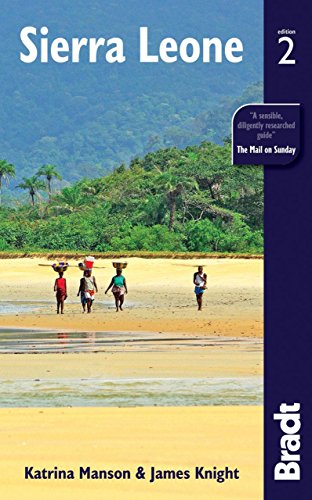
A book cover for Sierra Leone (Bradt Travel Guide); Katrina Manson; Travel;